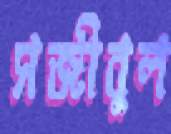
সজীবুল